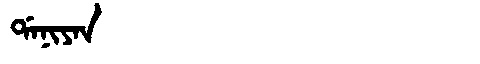
Manchu: ᡩᠠᠨᡳᠶᠠᠨ
Romanization: DANIYAN